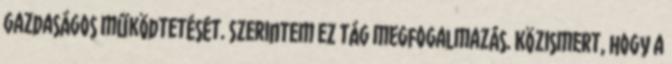
gazdaságos működtetését. Szerintem ez tág megfogalmazás. Közismert, hogy a